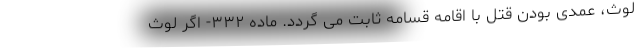
لوث، عمدی بودن قتل با اقامه قسامه ثابت می گردد. ماده ۳۳۲- اگر لوث